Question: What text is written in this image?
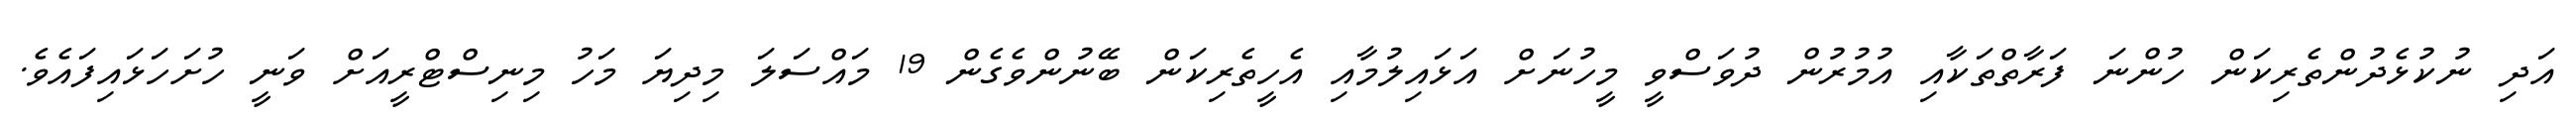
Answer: އަދި ނުކުޅެދުންތެރިކަން ހުންނަ ފަރާތްތަކާއި އުމުރުން ދުވަސްވީ މީހުނަށް އަޅައިލުމާއި އެހީތެރިކަން ބޭނުންވެގެން 19 މައްސަލަ މިދިޔަ މަހު މިނިސްޓްރީއަށް ވަނީ ހުށަހަޅައިފައެވެ.